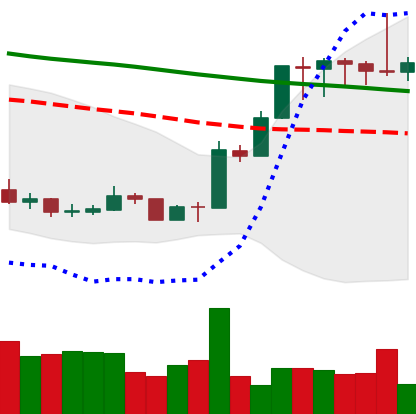
Ticker: XMR-USD
Chart end date: 2020-01-12
Forward return: 16.606%
Label: up_7plus